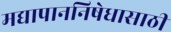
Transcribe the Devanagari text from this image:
मद्यापाननिषेधासाठीं